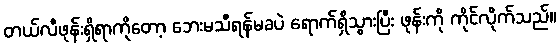
တယ်လီဖုန်းရှိရာကိုတော့ ဘေးမသီရန်မခပဲ ရောက်ရှိသွားပြီး ဖုန်းကို ကိုင်လိုက်သည်။